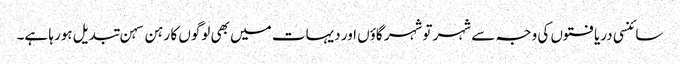
سائنسی دریافتوں کی وجہ سے شہر توشہر گاؤں اور دیہات میں بھی لوگوں کا رہن سہن تبدیل ہورہا ہے۔